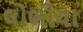
લોભીયા